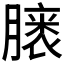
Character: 𪱭